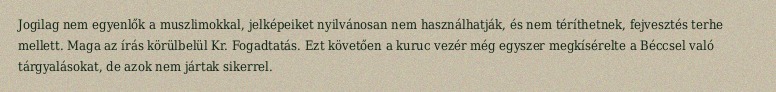
Jogilag nem egyenlők a muszlimokkal, jelképeiket nyilvánosan nem használhatják, és nem téríthetnek, fejvesztés terhe mellett. Maga az írás körülbelül Kr. Fogadtatás. Ezt követően a kuruc vezér még egyszer megkísérelte a Béccsel való tárgyalásokat, de azok nem jártak sikerrel.